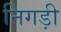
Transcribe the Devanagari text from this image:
निगड़ी